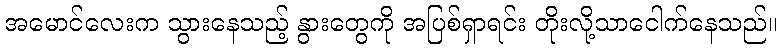
အမောင်လေးက သွားနေသည့် နွားတွေကို အပြစ်ရှာရင်း တိုးလို့သာငေါက်နေသည်။